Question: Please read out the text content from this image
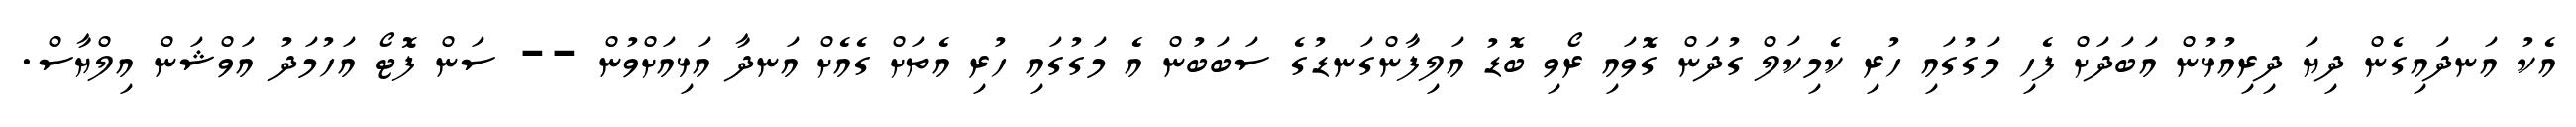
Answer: އެކު އަނދައިގެން ދިޔަ ދިރިއުޅުން އަބަދަށް ފެހި މަގުގައި ހުރި ކެމިކަލް ގުދަން ގޮވައި ރޯވި ބޮޑު އަލިފާންގަނޑުގެ ސަބަބުން އެ މަގުގައި ހުރި އެތަށް ގެއެށް އަނދާ އަޅިއަށްވުން -- ސަން ފޮޓޯ އަހުމަދު އަވްޝަން އިލްޔާސް.